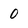
Character: 0